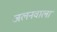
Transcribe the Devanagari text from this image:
जलनवाला